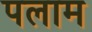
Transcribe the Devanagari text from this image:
पलाम